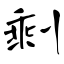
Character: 剩